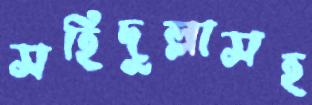
সহিদুল্লাসহ